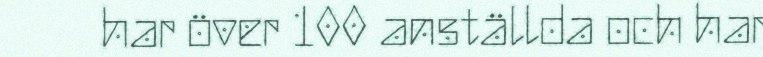
har över 100 anställda och har